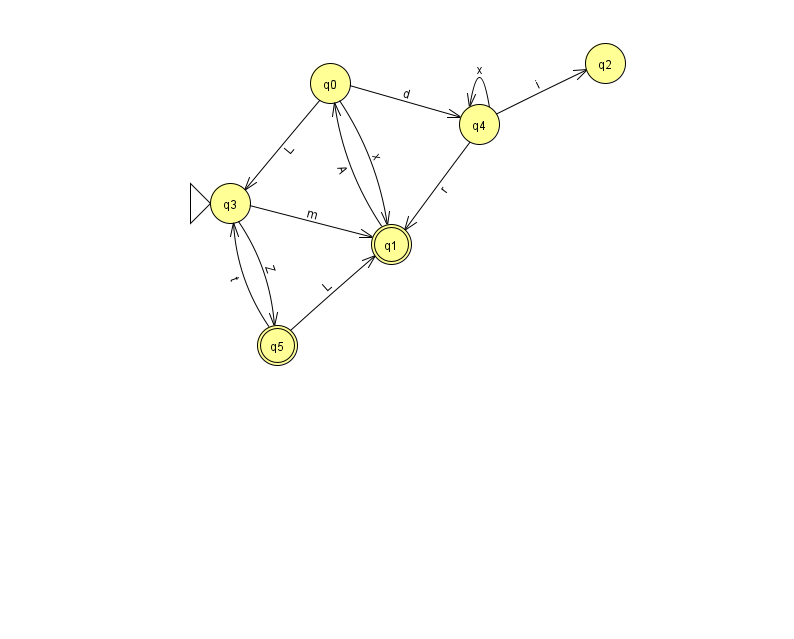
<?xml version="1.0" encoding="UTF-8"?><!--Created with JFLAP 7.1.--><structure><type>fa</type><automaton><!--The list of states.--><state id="0" name="q0"><x>330.0</x><y>70.0</y></state><state id="1" name="q1"><x>391.0</x><y>231.0</y><final/></state><state id="2" name="q2"><x>605.0</x><y>50.0</y></state><state id="3" name="q3"><x>230.0</x><y>190.0</y><initial/></state><state id="4" name="q4"><x>479.0</x><y>111.0</y></state><state id="5" name="q5"><x>277.0</x><y>332.0</y><final/></state><!--The list of transitions.--><transition><from>5</from><to>1</to><read>L</read></transition><transition><from>5</from><to>3</to><read>t</read></transition><transition><from>1</from><to>0</to><read>A</read></transition><transition><from>0</from><to>3</to><read>L</read></transition><transition><from>4</from><to>2</to><read>i</read></transition><transition><from>3</from><to>1</to><read>m</read></transition><transition><from>4</from><to>1</to><read>r</read></transition><transition><from>4</from><to>4</to><read>x</read></transition><transition><from>0</from><to>1</to><read>x</read></transition><transition><from>0</from><to>4</to><read>d</read></transition><transition><from>3</from><to>5</to><read>Z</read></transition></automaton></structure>